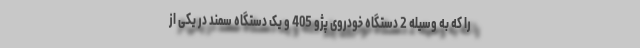
را که به وسیله 2 دستگاه خودروی پژو 405 و یک دستگاه سمند در یکی از